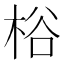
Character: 㭲